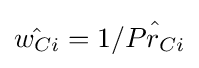
{\hat {w_{Ci}}}=1/{\hat {Pr_{Ci}}}